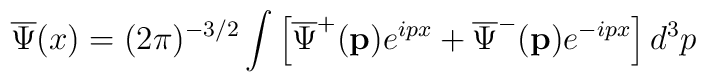
\overline{\Psi }(x)=(2\pi )^{-3/2}\int \left[ \overline{\Psi}^{+}(\mathbf{p} )e^{ipx}+\overline{\Psi}^{-}(\mathbf{p})e^{-ipx}\right] d^3p